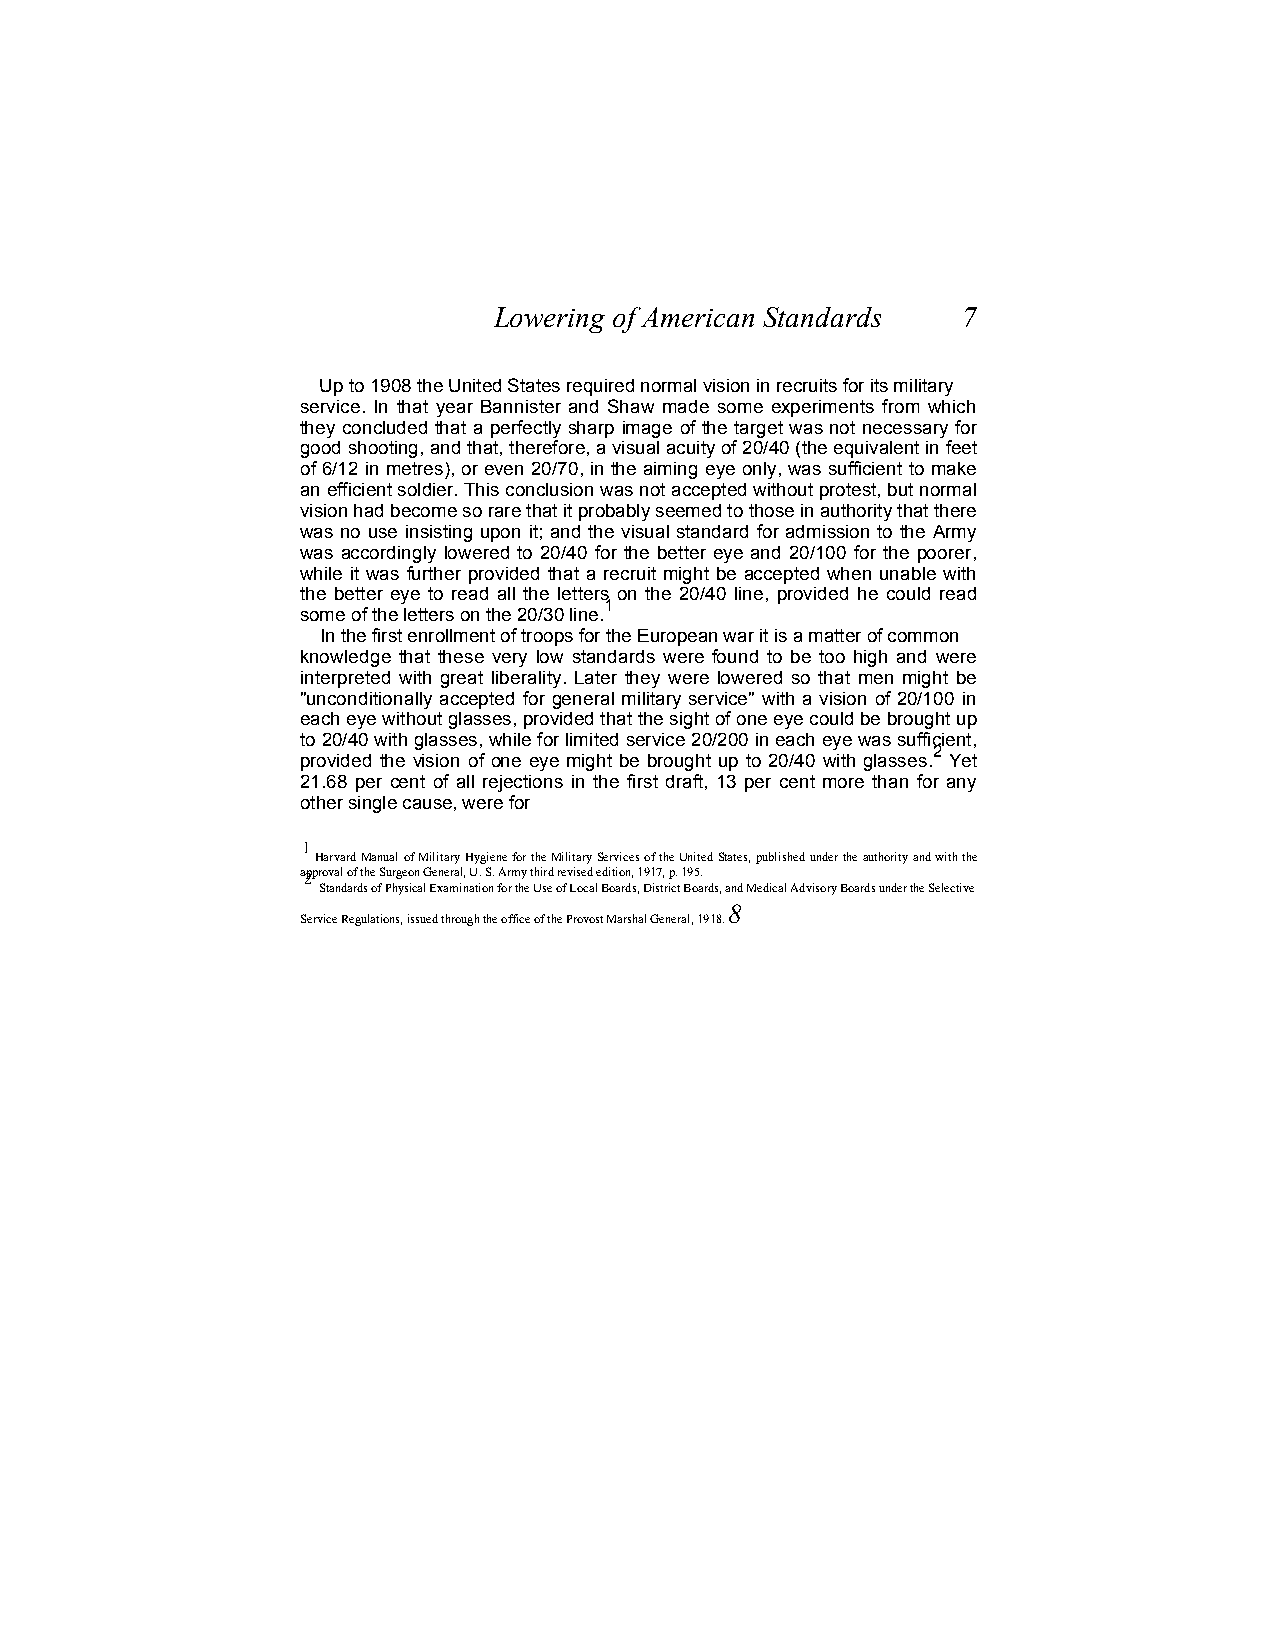
Lowering of American Standards 7
 Up to 1908 the United States required normal vision in recruits for its military
 service. In that year Bannister and Shaw made some experiments from which
 they concluded that a perfectly sharp image of the target was not necessary for
 good shooting, and that, therefore, a visual acuity of 20/40 (the equivalent in feet
 of 6/12 in metres), or even 20/70, in the aiming eye only, was sufficient to make
 an efficient soldier. This conclusion was not accepted without protest, but normal
 vision had become so rare that it probably seemed to those in authority that there
 was no use insisting upon it; and the visual standard for admission to the Army
 was accordingly lowered to 20/40 for the better eye and 20/100 for the poorer,
 while it was further provided that a recruit might be accepted when unable with
 the better eye to read all the letters on the 20/40 line, provided he could read
 1
 some of the letters on the 20/30 line.
 In the first enrollment of troops for the European war it is a matter of common
 knowledge that these very low standards were found to be too high and were
 interpreted with great liberality. Later they were lowered so that men might be
 "unconditionally accepted for general military service" with a vision of 20/100 in
 each eye without glasses, provided that the sight of one eye could be brought up
 to 20/40 with glasses, while for limited service 20/200 in each eye was sufficient,
 2
 provided the vision of one eye might be brought up to 20/40 with glasses. Yet
 21.68 per cent of all rejections in the first draft, 13 per cent more than for any
 other single cause, were for
 1
 Harvard Manual of Military Hygiene for the Military Services of the United States, published under the authority and with the
 a2pproval of the Surgeon General, U. S. Army third revised edition, 1917, p. 195.
 Standards of Physical Examination for the Use of Local Boards, District Boards, and Medical Advisory Boards under the Selective
 8
 Service Regulations, issued through the office of the Provost Marshal General, 1918.